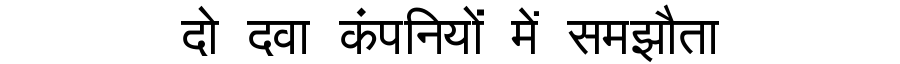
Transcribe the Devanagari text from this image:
दो दवा कंपनियों में समझौता